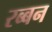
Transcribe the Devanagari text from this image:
रब्बन